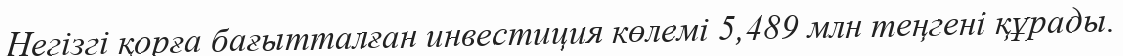
Негізгі қорға бағытталған инвестиция көлемі 5,489 млн теңгені құрады.